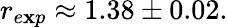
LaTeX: r_{e\mathbf{x}p}\approx1.38\pm0.02.